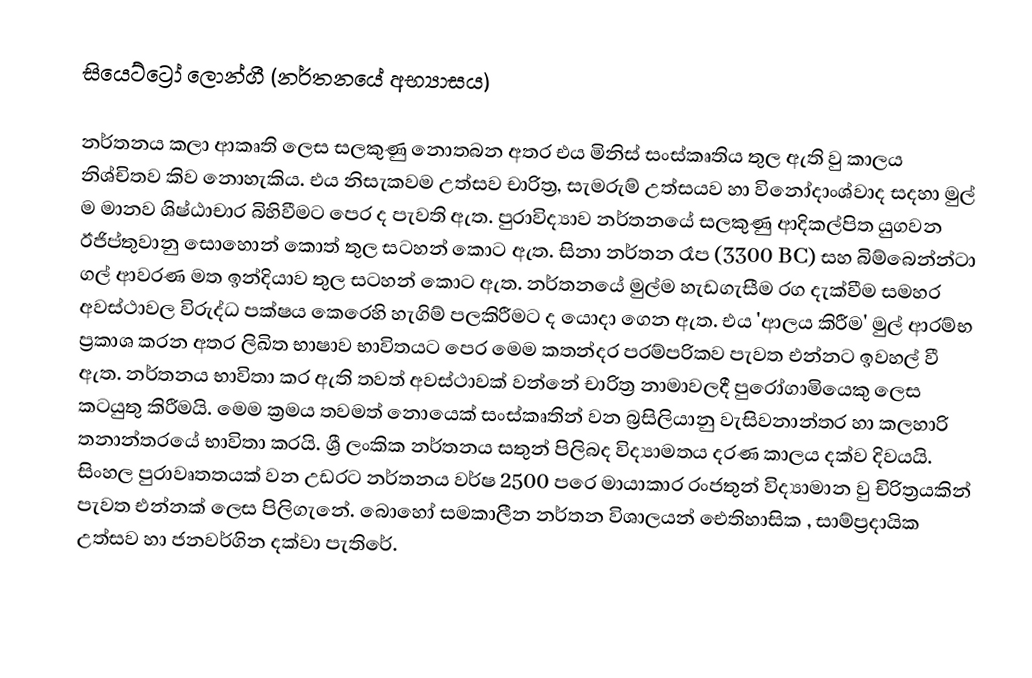
සියෙට්ට්‍රෝ ලොන්ගී (නර්තනයේ අභ්‍යාසය)

නර්තනය කලා ආකෘති ලෙස සලකුණු නොතබන අතර එය මිනිස් සංස්කෘතිය තුල ඇති වු කාලය නිශ්චිතව කිව නොහැකිය. එය නිසැකවම උත්සව චාරිත්‍ර, සැමරුම් උත්සයව හා විනෝදාංශ්වාද සදහා මුල් ම  මානව ශිෂ්ඨාචාර බිහිවීමට පෙර ද පැවති ඇත. පුරාවිද්‍යාව නර්තනයේ සලකුණු ආදිකල්පිත යුගවන ඊජිප්තුවානු සොහොන් කොත් තුල සටහන් කොට ඇත. සිනා නර්තන රෑප (3300 BC) සහ බිම්බෙන්න්ටා ගල් ආවරණ මත ඉන්දියාව තුල සටහන් කොට ඇත. නර්තනයේ මුල්ම හැඩගැසීම රග දැක්වීම සමහර අවස්ථාවල විරුද්ධ පක්ෂය කෙරෙහි හැගිම් පලකිරීමට ද යොදා ගෙන ඇත. එය 'ආලය කිරීම'  මුල් ආරම්භ ප්‍රකාශ කරන අතර ලිඛිත භාෂාව භාවිතයට පෙර මෙම කතන්දර පරම්පරිකව පැවත එන්නට ඉවහල් වී ඇත. නර්තනය භාවිතා කර ඇති තවත් අවස්ථාවක් වන්නේ චාරිත්‍ර නාමාවලදී පුරෝගාමියෙකු ලෙස කටයුතු කිරීමයි. මෙම ක්‍රමය තවමත් නොයෙක් සංස්කෘතින් වන බ්‍රසිලියානු වැසිවනාන්තර හා කලහාරි තනාන්තරයේ භාවිතා කරයි. ශ්‍රී ලංකික නර්තනය සතුන් පිලිබද විද්‍යාමතය දරණ කාලය දක්ව දිවයයි. සිංහල පුරාවෘතතයක් වන උඩරට නර්තනය වර්ෂ 2500 පරෙ මායාකාර රංජතුන් විද්‍යාමාන වු චිරිත්‍රයකින් පැවත එන්නක් ලෙස පිලිගැනේ. බොහෝ සමකාලීන නර්තන විශාලයන් ‍ඓතිහාසික , සාම්ප්‍රදායික උත්සව හා ජනවර්ගින දක්වා පැතිරේ.